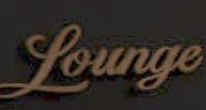
founge